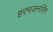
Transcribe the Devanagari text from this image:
हरभजनसिंग